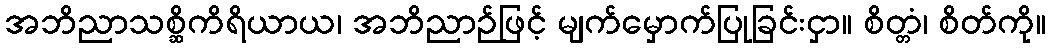
အဘိညာသစ္ဆိကိရိယာယ၊ အဘိညာဉ်ဖြင့် မျက်မှောက်ပြုခြင်းငှာ။ စိတ္တံ၊ စိတ်ကို။